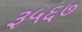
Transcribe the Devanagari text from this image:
३५६७